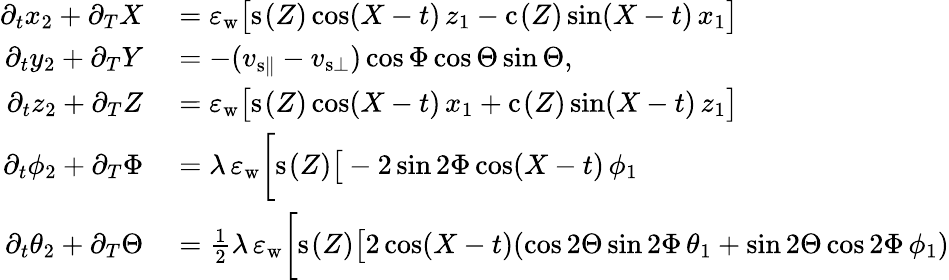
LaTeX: \begin{array}{rl}{\partial_{t}x_{2}+\partial_{T}X}&{{}=\varepsilon_{\mathrm{w}}\big[\mathrm{s}_{}(Z)\cos(X-t)\, z_{1}-\mathrm{c}_{}(Z)\sin(X-t)\, x_{1}\big]}\\ {\partial_{t}y_{2}+\partial_{T}Y}&{{}=-(v_{{\mathrm{s}}\parallel}-v_{{\mathrm{s}}\bot})\cos\Phi\cos\Theta\sin\Theta,}\\ {\partial_{t}z_{2}+\partial_{T}Z}&{{}=\varepsilon_{\mathrm{w}}\big[\mathrm{s}_{}(Z)\cos(X-t)\, x_{1}+\mathrm{c}_{}(Z)\sin(X-t)\, z_{1}\big]}\\ {\partial_{t}{\phi_{2}}+\partial_{T}\Phi}&{{}=\lambda\, \varepsilon_{\mathrm{w}}\bigg[\mathrm{s}_{}(Z)\big[-2\sin{2\Phi}\cos(X-t)\, \phi_{1}}\\ {\partial_{t}{\theta_{2}}+\partial_{T}\Theta}&{{}=\frac{1}{2}\lambda\, \varepsilon_{\mathrm{w}}\bigg[\mathrm{s}_{}(Z)\big[2\cos(X-t)(\cos{2\Theta}\sin{2\Phi}\, \theta_{1}+\sin{2\Theta}\cos{2\Phi}\, \phi_{1})}\end{array}